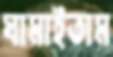
ঘামাইতাম